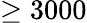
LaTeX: \geq 3000